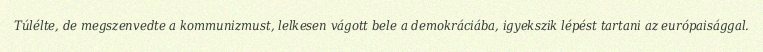
Túlélte, de megszenvedte a kommunizmust, lelkesen vágott bele a demokráciába, igyekszik lépést tartani az európaisággal.